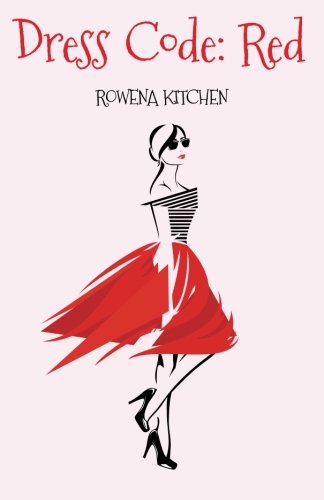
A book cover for Dress Code: Red; Rowena Kitchen; Romance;